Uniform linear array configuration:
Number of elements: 64
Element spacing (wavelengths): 0.75
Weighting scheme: cosine
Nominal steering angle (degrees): -15
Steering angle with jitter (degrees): -15.375
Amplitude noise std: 0.05
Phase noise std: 0.05

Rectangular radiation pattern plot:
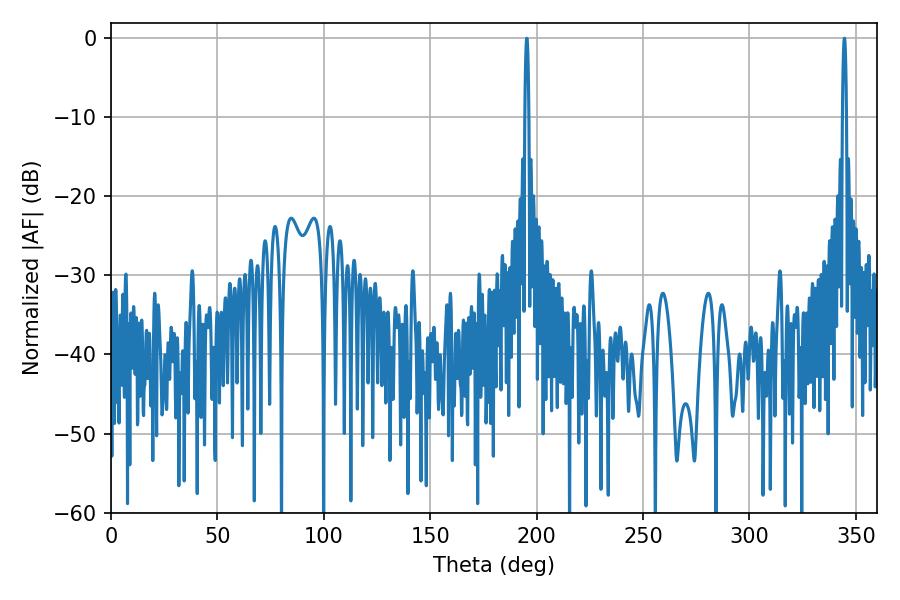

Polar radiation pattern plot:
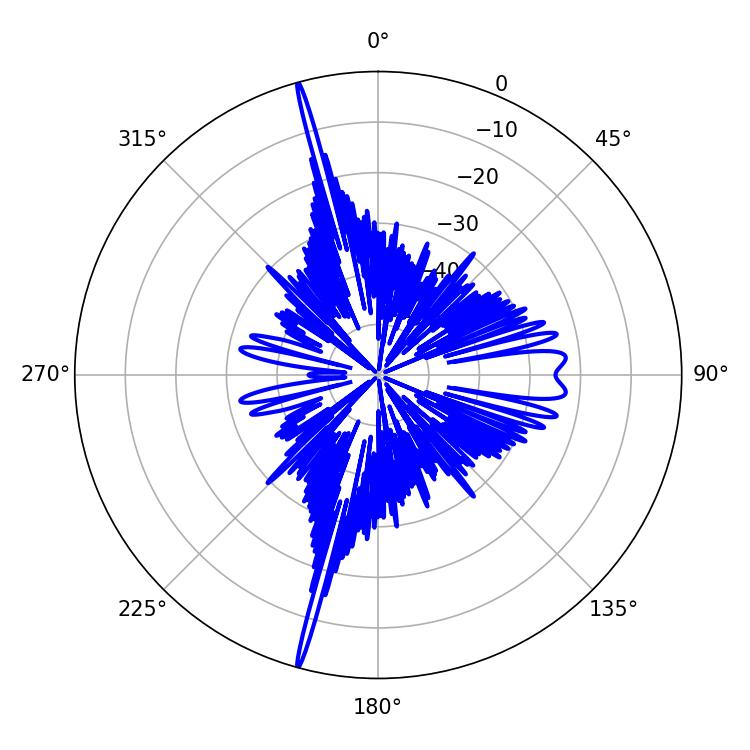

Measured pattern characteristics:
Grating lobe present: TRUE
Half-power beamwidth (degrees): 0.9
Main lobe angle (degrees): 195.3